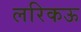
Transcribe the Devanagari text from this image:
लरिकऊ